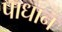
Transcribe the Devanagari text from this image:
पाधान